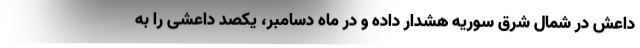
داعش در شمال شرق سوریه هشدار داده و در ماه دسامبر، یکصد داعشی را به